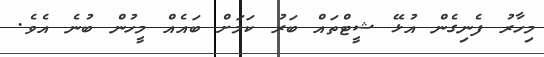
މިހާރު ފެނިގެން އުޅޭ ޝީޓްތައް ބަރު ކަމަށް ބައެއް މީހުން ބުނެ އެވެ.